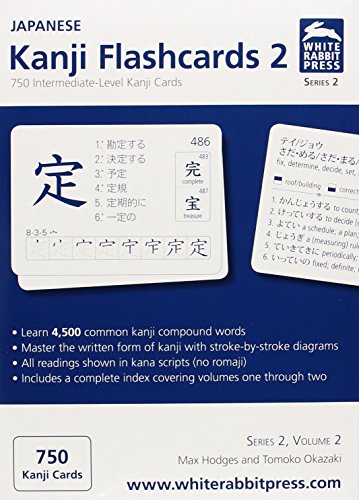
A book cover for Japanese Kanji Flashcards, Series 2 Volume 2 (Japanese Edition); Max Hodges; Test Preparation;